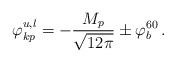
LaTeX: \begin{align*}\varphi_{kp}^{u,l}=-\frac{M_{p}}{\sqrt{12\pi}}\pm\varphi_{b}^{60} \, .\end{align*}